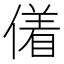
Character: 𬿜